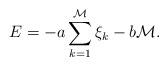
LaTeX: \begin{align*}E=-a\sum_{k=1}^{\mathcal M}\xi_k-b{\mathcal M}.\end{align*}